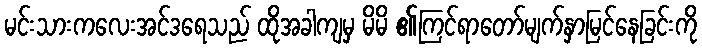
မင်းသားကလေးအင်ဒရေသည် ထိုအခါကျမှ မိမိ ၏ကြင်ရာတော်မျက်နှာမြင်နေခြင်းကို